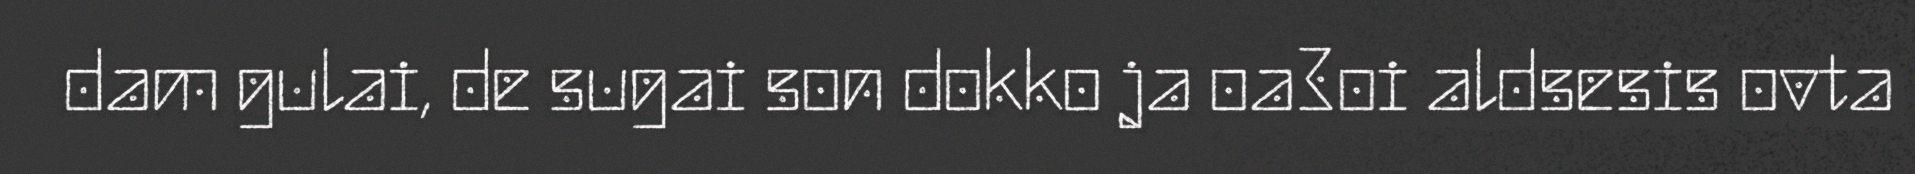
dam gulai, de sugai son dokko ja oa3oi aldsesis ovta